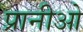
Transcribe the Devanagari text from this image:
प्रानीओ